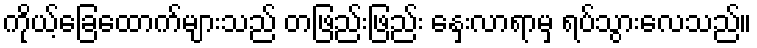
ကိုယ့်ခြေထောက်များသည် တဖြည်းဖြည်း နှေးလာရာမှ ရပ်သွားလေသည်။